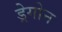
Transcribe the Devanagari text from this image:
ड्रेगोन